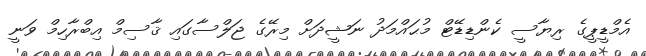
އެމްޑީޕީގެ ރިޔާސީ ކެންޑިޑޭޓް މުޙައްމަދު ނަޝީދަށް މިރޭގެ ޖަލްސާގައި ޤާސިމް އިބްރާހިމް ވަނީ